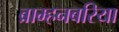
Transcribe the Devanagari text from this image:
ब्राम्हनबरिया